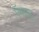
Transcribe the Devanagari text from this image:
ऍबाउट्